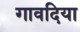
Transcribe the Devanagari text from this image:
गावदिया